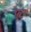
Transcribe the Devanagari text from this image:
फ्ट